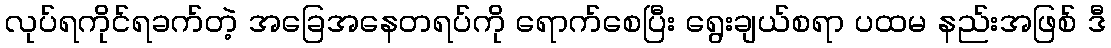
လုပ်ရကိုင်ရခက်တဲ့ အခြေအနေတရပ်ကို ရောက်စေပြီး ရွေးချယ်စရာ ပထမ နည်းအဖြစ် ဒီ